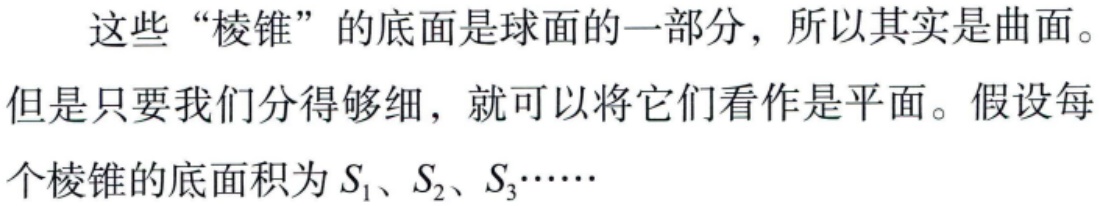
这些“棱锥”的底面是球面的一部分，所以其实是曲面。但是只要我们分得够细，就可以将它们看作是平面。假设每个棱锥的底面积为\(S_{1}\)、\(S_{2}\)、\(S_{3}\cdots\cdots\)